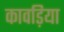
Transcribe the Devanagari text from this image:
कावड़िया